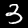
Label: 3